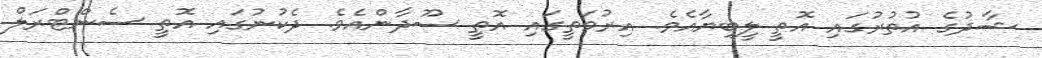
ޝާދުގެ އުތުރުގައި އޮތީ ލީބިޔާއެވެ. އިރުމަތީގައި އޮތީ ސޫދާންއެވެ. ދެކުނުގައި އޮތީ ސެންޓްރަލް